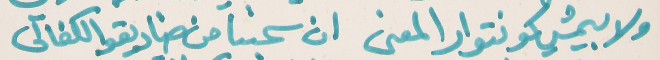
ولا بيمشي كونتوار المعنى   ان سحبنا من صناديقو الكفالي